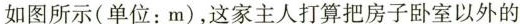
如图所示(单位：m)，这家主人打算把房子卧室以外的